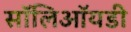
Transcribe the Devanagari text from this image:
सॉलिऑयडी